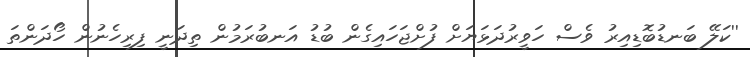
''ކަލޭ ބަނޑުބޮޑިއިރު ވެސް ހަވީރުދަޅަޔަށް ފުށްޖަހައިގެން ބުޑު އަނބުރަމުން ތިދަނީ ފިރިހެނުން ހޯދަންތަ